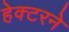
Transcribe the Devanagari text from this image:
हेक्टरने